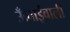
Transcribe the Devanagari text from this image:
ऊँचाईवाली